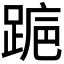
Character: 𬦺